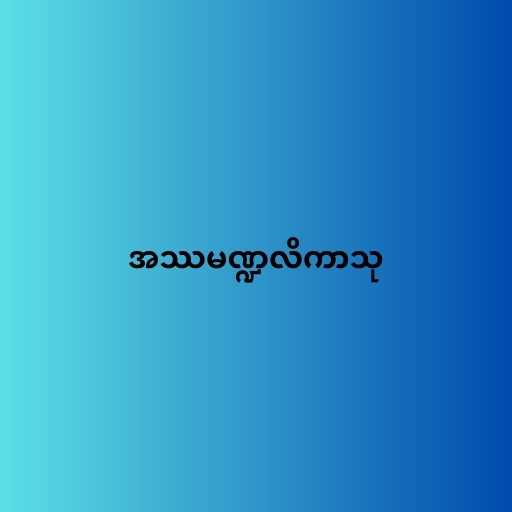
အဿမဏ္ဍလိကာသု